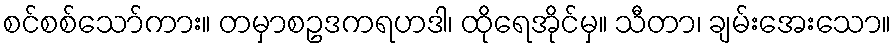
စင်စစ်သော်ကား။ တမှာစဥဒကရဟဒါ၊ ထိုရေအိုင်မှ။ သီတာ၊ ချမ်းအေးသော။